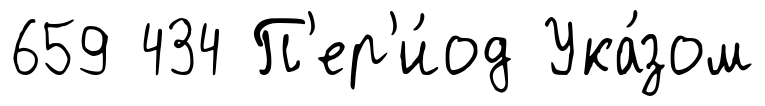
659 434 П'ер'и́од Ука́зом